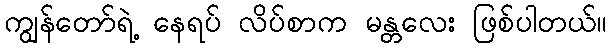
ကျွန်တော်ရဲ့ နေရပ် လိပ်စာက မန္တလေး ဖြစ်ပါတယ်။